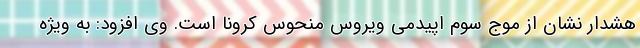
هشدار نشان از موج سوم اپیدمی ویروس منحوس کرونا است. وی افزود: به ویژه